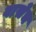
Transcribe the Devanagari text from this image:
वासेच